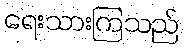
ရေးသားကြသည်